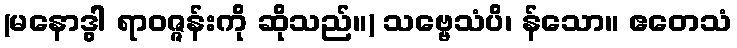
(မနောဒွါ ရာဝဇ္ဇန်းကို ဆိုသည်။) သဗ္ဗေသံပိ၊ န်သော။ ဧတေသံ